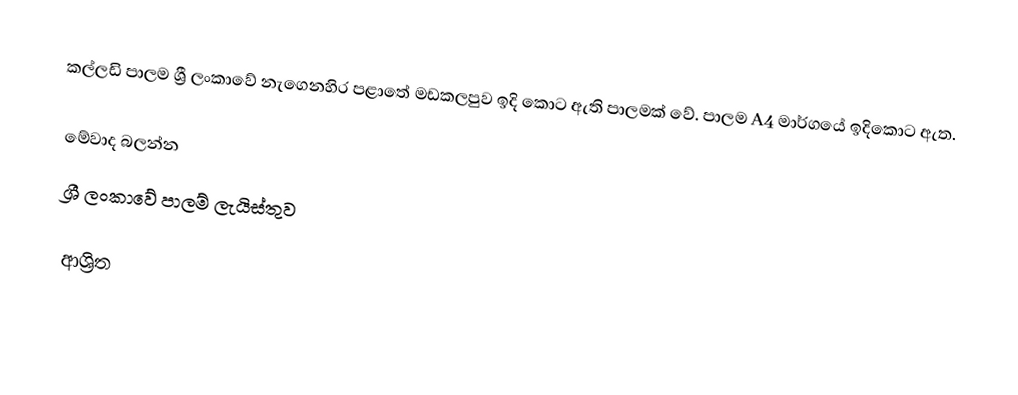
කල්ලඩි පාලම ශ්‍රී ලංකාවේ නැගෙනහිර පළාතේ මඩකලපුව ඉදි කොට ඇති පාලමක් වේ. පාලම A4 මාර්ගයේ ඉදිකොට ඇත.

මේවාද බලන්න
ශ්‍රී ලංකාවේ පාලම් ලැයිස්තුව

ආශ්‍රිත